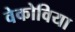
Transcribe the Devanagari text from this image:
वेकोविया